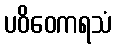
ပဝိဝေကရသံ